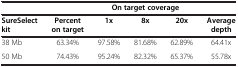
<table><thead><tr><td><b> </b></td><td><b> </b></td><td colspan="3"><b>On target coverage</b></td><td><b> </b></td></tr></thead><tbody><tr><td><b>SureSelect kit</b></td><td><b>Percent on target</b></td><td><b>1x</b></td><td><b>8x</b></td><td><b>20x</b></td><td><b>Average depth</b></td></tr><tr><td>38 Mb</td><td>63.34%</td><td>97.58%</td><td>81.68%</td><td>62.89%</td><td>64.41x</td></tr><tr><td>50 Mb</td><td>74.43%</td><td>95.24%</td><td>82.32%</td><td>65.37%</td><td>55.78x</td></tr></tbody></table>